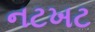
નટખટ